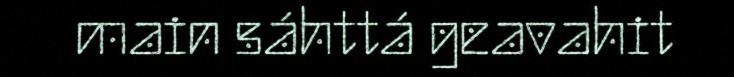
main sáhttá geavahit